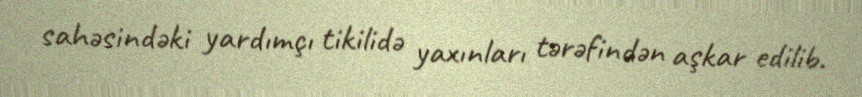
sahəsindəki yardımçı tikilidə yaxınları tərəfindən aşkar edilib.